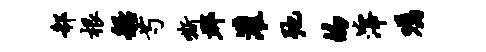
欷根船芍嘶郡灌弛的滓嘱